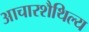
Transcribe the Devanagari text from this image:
आचारशैथिल्य